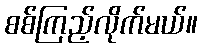
စစ်ကြည့်လိုက်မယ်။